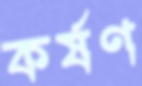
কর্ষণ